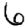
Digit: 6